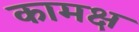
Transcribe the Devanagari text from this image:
कामक्ष